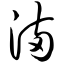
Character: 满